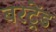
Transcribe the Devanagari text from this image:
बरट्रेंड